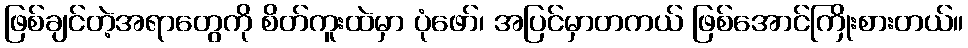
ဖြစ်ချင်တဲ့အရာတွေကို စိတ်ကူးထဲမှာ ပုံဖော်၊ အပြင်မှာတကယ် ဖြစ်အောင်ကြိုးစားတယ်။